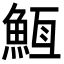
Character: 𮫵